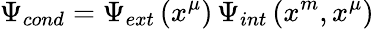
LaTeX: \Psi_{cond}=\Psi_{ext}\left(x^{\mu}\right)\, \Psi_{int}\left(x^{m},x^{\mu}\right)